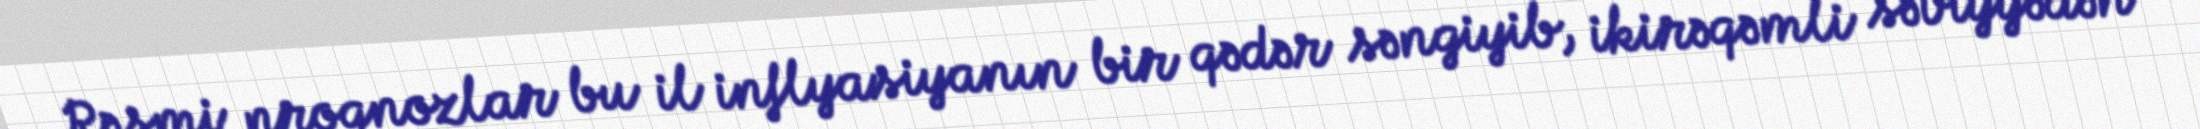
Rəsmi proqnozlar bu il inflyasiyanın bir qədər səngiyib, ikirəqəmli səviyyədən